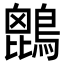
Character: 𪄆